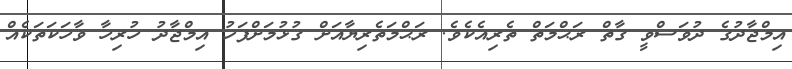
އިމްޖާދުގެ ދުވަސްވީ ގާތް ރަޙްމަތް ތެރިއެކެވެ. ރަޙްމަތެރިޔާއަށް ގުޅުމަށްފަހު އިމްޖާދު ހުރިހާ ވާހަކަތަކެއް